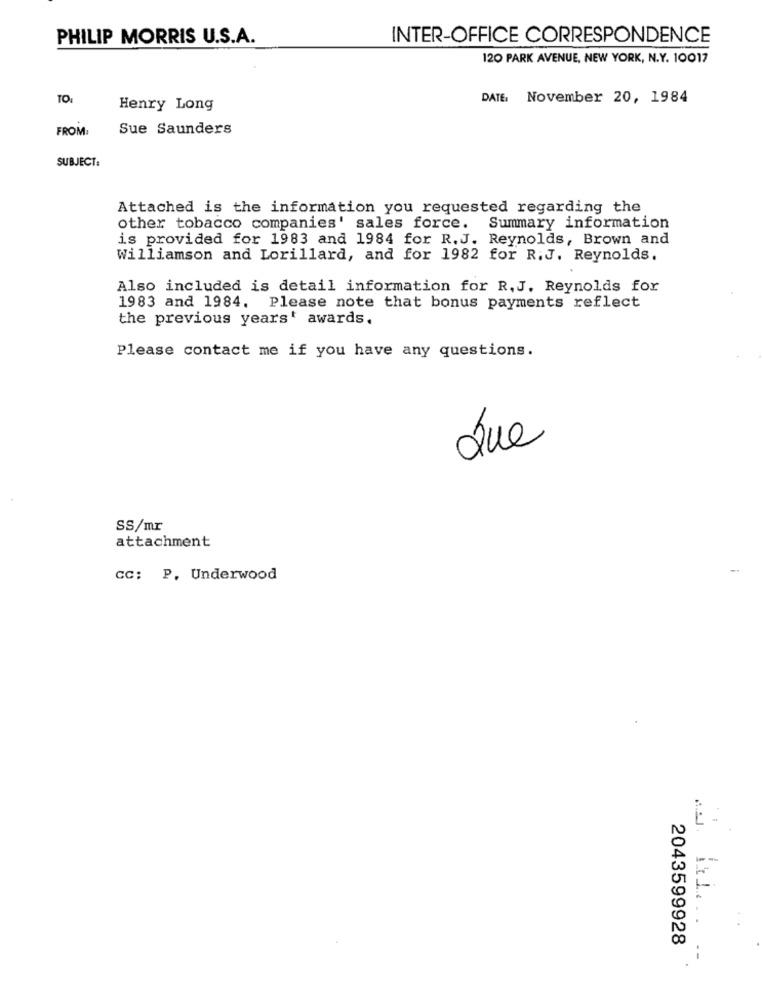
PHILIP MORRIS U.S.A.
INTER-OFFICE CORRESPONDENCE
120 PARK AVENUE, NEW YORK, N.Y. 10017
TO:
DATE. November 20, 1984
Henry Long
FROM:
Sue Saunders
SUBJECT:
Attached is the information you requested regarding the
other tobacco companies' sales force.
Summary information
is provided for 1983 and 1984 for R.J. Reynolds, Brown and
Williamson and Lorillard, and for 1982 for R.J. Reynolds.
Also included is detail information for R.J. Reynolds for
1983 and 1984. Please note that bonus payments reflect
the previous years' awards.
Please contact me if you have any questions.
Que
SS/mr
attachment
CC: P. Underwood
2043599928